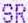
SR